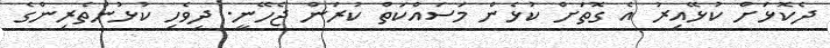
ދެކޮޅަށް ކުޅޭއިރު އެ ގޮތަށް ކުޅެން މަސައްކަތް ކުރަން ޖެހޭނީ. ދިވެހި ކުޅުންތެރިންގެ